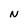
Character: N